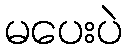
မပေးပဲ